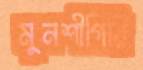
মুনশীগিরি